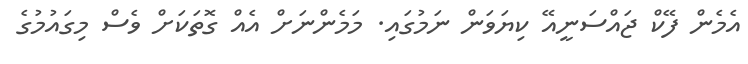
އެމެން ފޭކް ޖައްސަނީއޭ ކިޔަވަން ނަމުގައި. މަމެންނަށް އެއް ގޮތަކަށް ވެސް މިގައުމުގެ